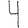
Digit: 4